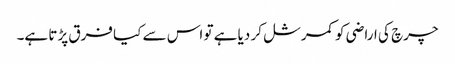
چرچ کی اراضی کو کمرشل کر دیا ہے تو اس سے کیا فرق پڑتا ہے۔